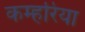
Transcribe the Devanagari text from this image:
कम्हरिया